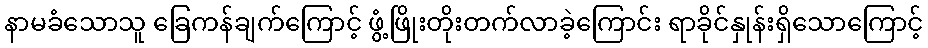
နာမခံသောသူ ခြေကန်ချက်ကြောင့် ဖွံ့ဖြိုးတိုးတက်လာခဲ့ကြောင်း ရာခိုင်နှုန်းရှိသောကြောင့်